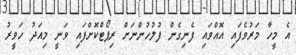
އެ މީހާ މަރުވެފައި އޮއްވައި ފެނިގެން ފުުލުހުންނަށް ރިޕޯޓްކޮށްފައި ވަނީ މިއަދު ހަވީރު